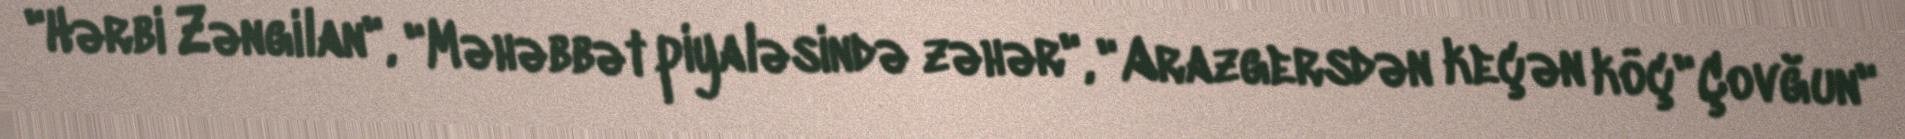
"Hərbi Zəngilan", "Məhəbbət piyaləsində zəhər", "Arazgersdən keçən köç"Çovğun"